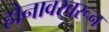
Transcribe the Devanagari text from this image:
होनावरवरून